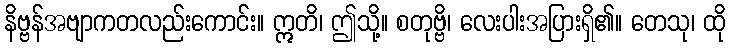
နိဗ္ဗန်အဗျာကတလည်းကောင်း။ ဣတိ၊ ဤသို့။ စတုဗ္ဗိ၊ လေးပါးအပြားရှိ၏။ တေသု၊ ထို